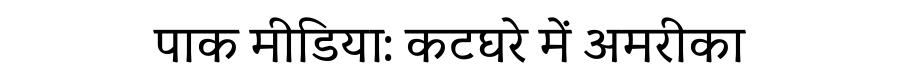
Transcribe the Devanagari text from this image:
पाक मीडिया: कटघरे में अमरीका